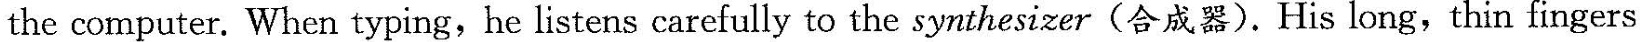
the computer. When typing, he listens carefully to the synthesizer(合成器). His long, thin fingers